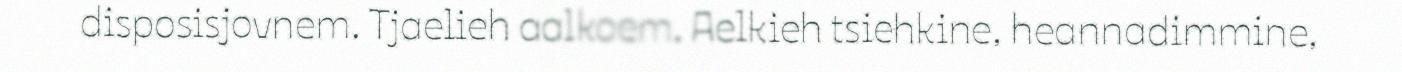
disposisjovnem. Tjaelieh aalkoem. Aelkieh tsiehkine, heannadimmine,